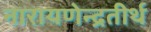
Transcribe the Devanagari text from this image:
नारायणेन्द्रतीर्थ